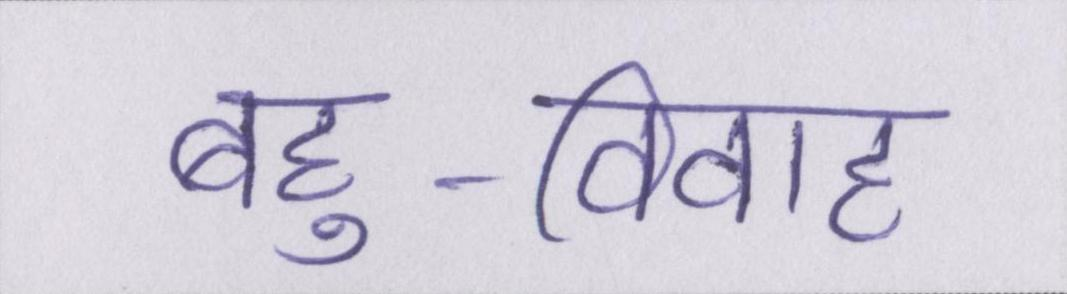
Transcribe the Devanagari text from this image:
बहु-विवाह